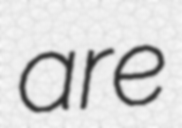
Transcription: are